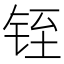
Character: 铚